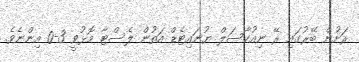
ރަށުން ބޭރުގައި ރޭ ނިއުކާސަލް ޔުނައިޓެޑް އަތުން ލެސްޓާ މޮޅުވީ 3-0 އިންނެވެ.